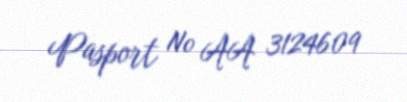
Pasport № AA 3124609